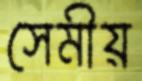
সেমীয়